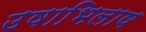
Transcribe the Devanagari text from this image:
उषाभिलाष